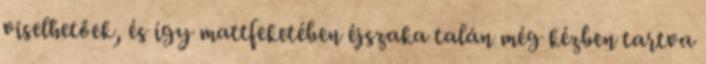
viselhetőek, és így mattfeketében éjszaka talán még kézben tartva